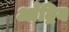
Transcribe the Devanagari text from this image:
आँद्रिय